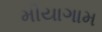
મીયાગામ